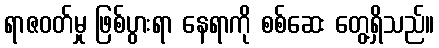
ရာဇဝတ်မှု ဖြစ်ပွားရာ နေရာကို စစ်ဆေး တွေ့ရှိသည်။